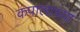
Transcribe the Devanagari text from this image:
कंपालाच्या